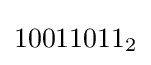
10011011_{2}